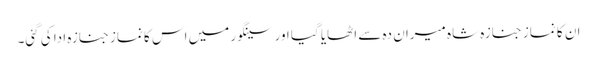
ان کا نماز جنازہ شاہ میران دہ سے اٹھایا گیا اور سینگور میں اس کا نماز جنازہ ادا کی گئی۔